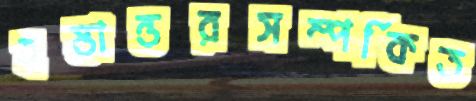
হস্তান্তরসম্পর্কিত